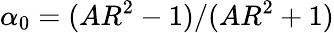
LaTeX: \alpha_{0}=(AR^{2}-1)/(AR^{2}+1)